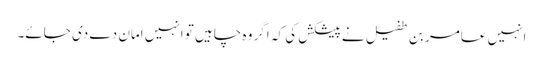
انہیں عامر بن طفیل نے پیشکش کی کہ اگر وہ چاہیں تو انہیں امان دے دی جائے۔